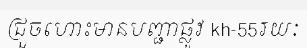
ជ្រួចហោះមានបញ្ជាផ្លូវ kh-55រយៈ